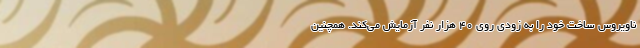
ناویروس ساخت خود را به زودی روی ۴۰ هزار نفر آزمایش می‌کند. همچنین